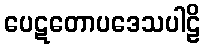
ပေဋတောပဒေသပါဠိ